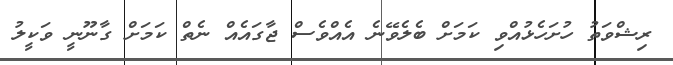
ރިޝްވަތު ހުށަހެޅުއްވި ކަމަށް ބެލެވޭނެ އެއްވެސް ޖާގައެއް ނެތް ކަމަށް ގާނޫނީ ވަކީލު